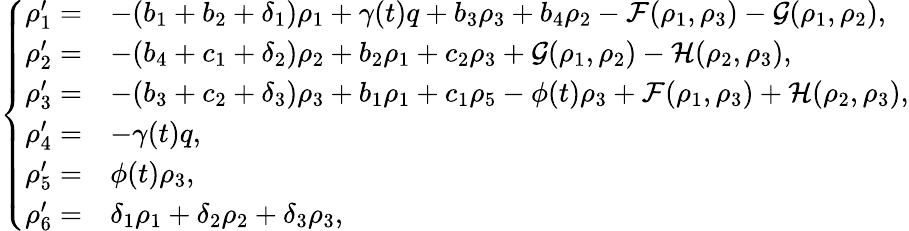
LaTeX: \left\{ \begin{array}{llll}{\rho_{1}^{\prime}=}&{-(b_{1}+b_{2}+\delta_{1})\rho_{1}+\gamma(t)q+b_{3}\rho_{3}+b_{4}\rho_{2}-\mathcal{F}(\rho_{1},\rho_{3})-\mathcal{G}(\rho_{1},\rho_{2}),}\\ {\rho_{2}^{\prime}=}&{-(b_{4}+c_{1}+\delta_{2})\rho_{2}+b_{2}\rho_{1}+c_{2}\rho_{3}+\mathcal{G}(\rho_{1},\rho_{2})-\mathcal{H}(\rho_{2},\rho_{3}),}\\ {\rho_{3}^{\prime}=}&{-(b_{3}+c_{2}+\delta_{3})\rho_{3}+b_{1}\rho_{1}+c_{1}\rho_{5}-\phi(t)\rho_{3}+\mathcal{F}(\rho_{1},\rho_{3})+\mathcal{H}(\rho_{2},\rho_{3}),}\\ {\rho_{4}^{\prime}=}&{-\gamma(t)q,}\\ {\rho_{5}^{\prime}=}&{\phi(t)\rho_{3},}\\ {\rho_{6}^{\prime}=}&{\delta_{1}\rho_{1}+\delta_{2}\rho_{2}+\delta_{3}\rho_{3},}\end{array}\right.